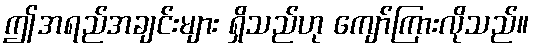
ဤအရည်အချင်းများ ရှိသည်ဟု ကျော်ကြားလိုသည်။